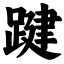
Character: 踺